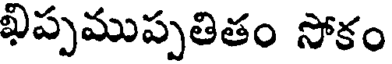
ఖిప్పముప్పతితం సోకం